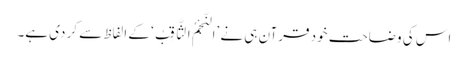
اس کی وضاحت خود قرآن ہی نے ’اَلنَّجْمُ الثَّاقِبُ‘ کے الفاظ سے کر دی ہے۔